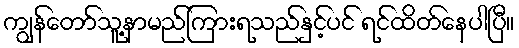
ကျွန်တော်သူ့နာမည်ကြားရသည်နှင့်ပင် ရင်ထိတ်နေပါပြီ။